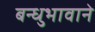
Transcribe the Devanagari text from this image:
बन्धुभावाने